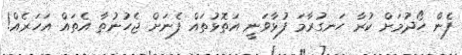
ފެން ހޯދުމަށް ކުރާ ހަނގުރާމަ ފުޅާވަނީ އަތޮޅުތައް ފެނަށް ޖެހުނުތާ އެތައް އަހަރެއް!